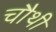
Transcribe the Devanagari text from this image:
चाैथी